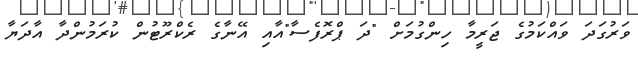
ވަރުގަދަ ވައްކަމުގެ ޖަރީމާ ހިންގުމަށް "ދަ ޕްރޮފެސާ"އާއި އޭނާގެ ރެކްރޫޓުން ކުރަމުންދާ އާދަޔާ